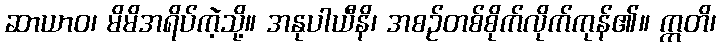
ဆာယာဝ၊ မိမိအရိပ်ကဲ့သို့။ အနုပါယီနိ၊ အစဉ်တစ်စိုက်လိုက်ကုန်၏။ ဣတိ၊